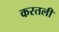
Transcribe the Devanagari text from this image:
करतली